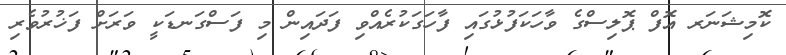
ކޮމިޝަނަރ އޮފް ޕޮލިސްގެ ވާހަކަފުޅުގައި ފާހަގަކުރެއްވި ފަދައިން މި ފަސްގަނޑަކީ ވަރަށް ފަޚުރުވެރި